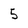
Character: 5